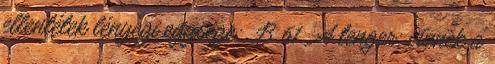
ellentétek lényegi egysége: B 61. A tenger: víznek a